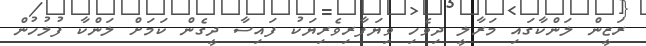
ރަޒީން ލަންކާގައި މަރާލީ ދިވެހި ވިޔަފާރިވެރިޔަކު ފައިސާ ދީގެން ކަމަށް ލަންކާ ފުލުހުން